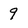
Character: 9